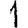
Digit: 1